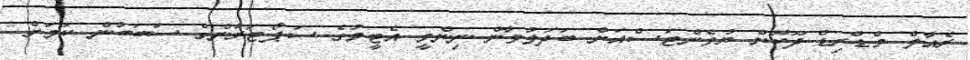
ރެއާލް މެޑްރިޑް ދޫކޮށް ޔުވެންޓަސްއަށް ބަދަލުވާން ނިންމީ އެޓީމުގެ ސަޕޯޓަރުންގެ ސަބަބުން ކަމަށް